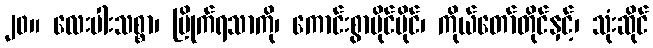
၂၀။ လေးပါးသစ္စာ၊ မြိုက်ရသာကို၊ ကောင်းစွာပိုင်ပိုင်၊ ကိုယ်တော်တိုင်နှင့်၊ သုံးဆိုင်